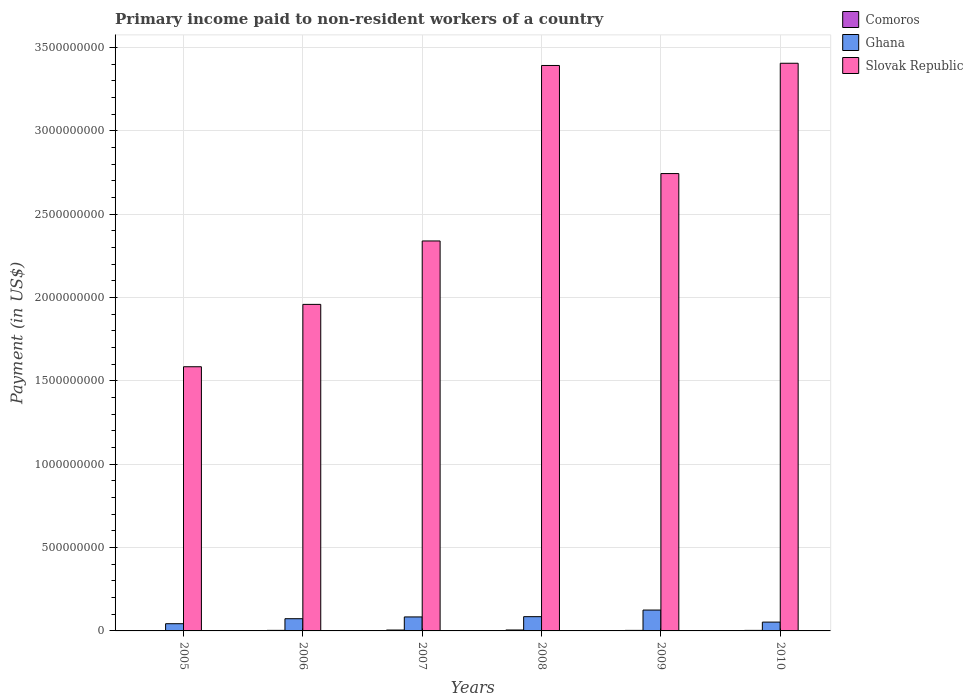
| Years | Comoros | Ghana | Slovak Republic |
 | --- | --- | --- | --- |
 | 2005 | 2.44e+06 | 4.33e+07 | 1.58e+09 |
 | 2006 | 3.37e+06 | 7.33e+07 | 1.96e+09 |
 | 2007 | 5.32e+06 | 8.4e+07 | 2.34e+09 |
 | 2008 | 5.55e+06 | 8.56e+07 | 3.39e+09 |
 | 2009 | 3.19e+06 | 1.25e+08 | 2.74e+09 |
 | 2010 | 3.23e+06 | 5.29e+07 | 3.41e+09 |